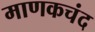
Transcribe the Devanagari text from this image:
माणकचंद